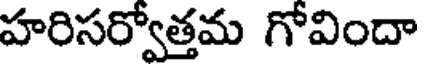
హరిసర్వోత్తమ గోవిందా